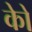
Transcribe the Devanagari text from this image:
कोे